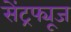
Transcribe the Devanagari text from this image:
सेंट्रफ्यूज